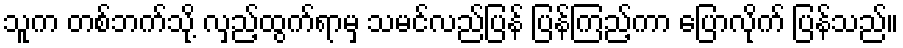
သူက တစ်ဘက်သို့ လှည့်ထွက်ရာမှ သမင်လည်ပြန် ပြန်ကြည့်ကာ ပြောလိုက် ပြန်သည်။